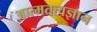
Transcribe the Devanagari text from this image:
आत्मतत्वज्ञान